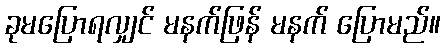
ခုမပြောရလျှင် မနက်ဖြန် မနက် ပြောမည်။